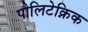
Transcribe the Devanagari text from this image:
पौलिटेक्निक